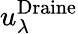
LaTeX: u_{\lambda}^{\mathrm{{Draine}}}